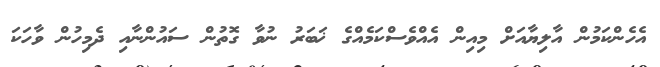
އެހެންކަމުން އާލިޔާއަށް މިއިން އެއްވެސްކަމެއްގެ ޚަބަރު ނުވާ ގޮތުން ސައުންނާއި ދެމިހުން ވާހަކަ